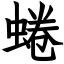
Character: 蜷